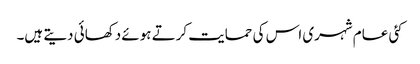
کئی عام شہری اس کی حمایت کرتے ہوئے دکھائی دیتے ہیں۔